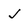
Character: J